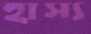
হাস্য